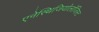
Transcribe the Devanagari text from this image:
एनेस्थिजियोलॉजिस्ट